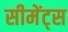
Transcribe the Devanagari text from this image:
सीमेंट्स